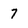
Character: 7